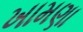
ખામણા